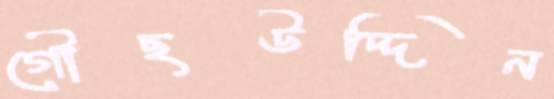
গৌছউদ্দিন